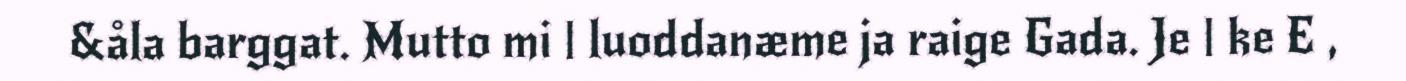
&åla barggat. Mutto mi | luoddanæme ja raige Gada. Je | ke E ,